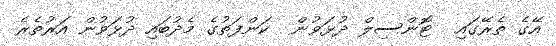
އޭގެ ތެރޭގައި  ޓޮންސިލް ދުޅަވުން  ކަންފަތުގެ މެދުބައި ދުޅަވުން އަރުތެރެ